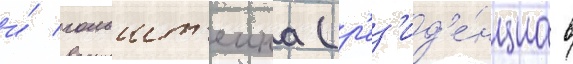
и́ гольшт'еина (р'ез'ид'е́нциа в